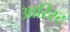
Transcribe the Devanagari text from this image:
आरिरट